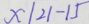
x \vert 2 1 - 1 5